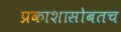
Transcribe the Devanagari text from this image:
प्रकाशासोबतच